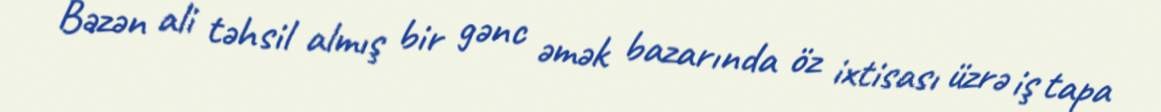
Bəzən ali təhsil almış bir gənc əmək bazarında öz ixtisası üzrə iş tapa